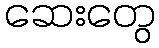
ဆေးတွေ